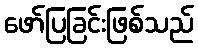
ဖော်ပြခြင်းဖြစ်သည်